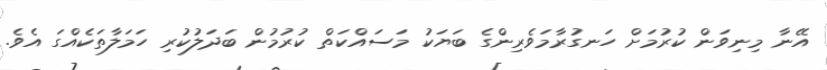
އޭނާ މިނިވަން ކުރުމަށް ހަނގުރާމަވެރިންގެ ބަޔަކު މަސައްކަތް ކުރުމުން ބަދަލުކުރި ހަމަލާތަކެއްގަ އެވެ.